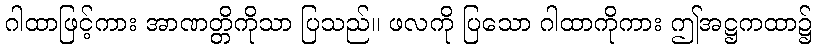
ဂါထာဖြင့်ကား အာဏတ္တိကိုသာ ပြသည်။ ဖလကို ပြသော ဂါထာကိုကား ဤအဋ္ဌကထာ၌